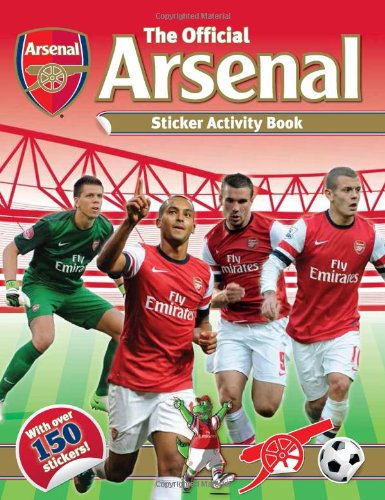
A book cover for The Official Arsenal Sticker Activity Book; Arsenal Football Club PLC; Children's Books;